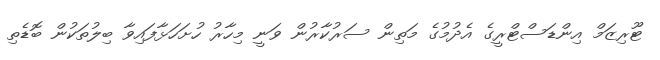
ޓޫރިޒަމް އިންޑަސްޓްރީގެ އެދުމުގެ މަތިން ސަރުކާރުން ވަނީ މިހާރު ހުށަހަޅާފައިވާ ބިލުތަކުން ބޮޑެތި